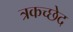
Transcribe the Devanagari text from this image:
त्रकच्छेद